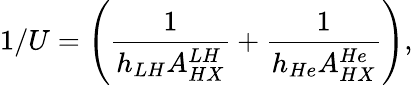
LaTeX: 1/U=\left(\frac{1}{h_{LH}A_{HX}^{LH}}+\frac{1}{h_{He}A_{HX}^{He}}\right),